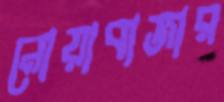
নোয়াবাজার